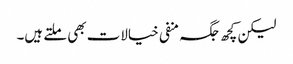
لیکن کچھ جگہ منفی خیالات بھی ملتے ہیں۔